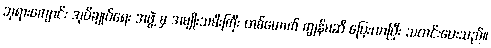
ဘုရားကျောင်း အုပ်ချုပ်ရေး အဖွဲ့ မှ အမျိုးသမီးကြီး တစ်ယောက် ကျွန်မဆီ ပြေးလာပြီး သတင်းပေးသည်။